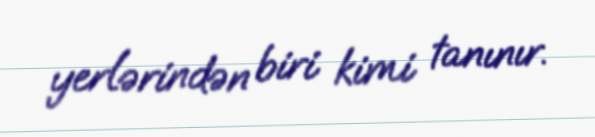
yerlərindən biri kimi tanınır.